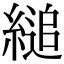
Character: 縋